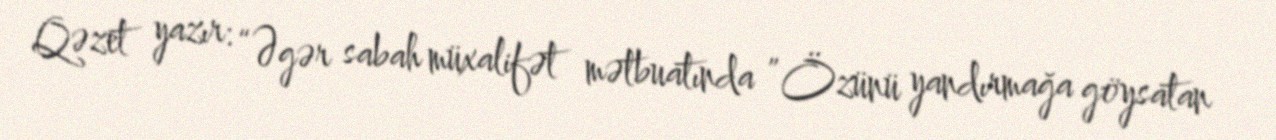
Qəzet yazır: “Əgər sabah müxalifət mətbuatında ”Özünü yandırmağa göysatan